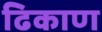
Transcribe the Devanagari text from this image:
ढिकाण